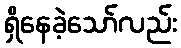
ရှိနေခဲ့သော်လည်း